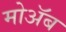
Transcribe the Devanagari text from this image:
मोॲब